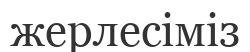
жерлесіміз